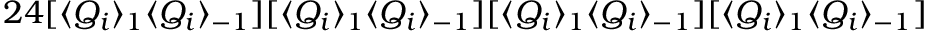
2 4 [ \langle Q _ { i } \rangle _ { 1 } \langle Q _ { i } \rangle _ { - 1 } ] [ \langle Q _ { i } \rangle _ { 1 } \langle Q _ { i } \rangle _ { - 1 } ] [ \langle Q _ { i } \rangle _ { 1 } \langle Q _ { i } \rangle _ { - 1 } ] [ \langle Q _ { i } \rangle _ { 1 } \langle Q _ { i } \rangle _ { - 1 } ]